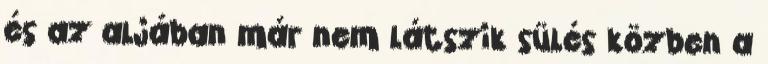
és az aljában már nem látszik sülés közben a